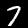
Digit: 7